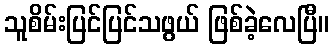
သူစိမ်းပြင်ပြင်သဖွယ် ဖြစ်ခဲ့လေပြီ။